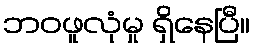
ဘဝဖူလုံမှု ရှိနေပြီ။